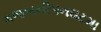
ગજબનીપનઘટમા